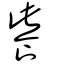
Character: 飺